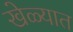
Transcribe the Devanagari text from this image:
खेळ्यात